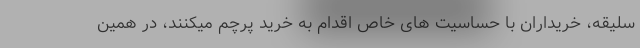
سلیقه، خریداران با حساسیت های خاص اقدام به خرید پرچم میکنند، در همین